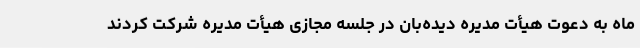
ماه به دعوت هیأت مدیره دیده‌بان در جلسه مجازی هیأت مدیره شرکت کردند